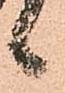
ヽ